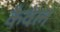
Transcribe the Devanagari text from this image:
कैवेल